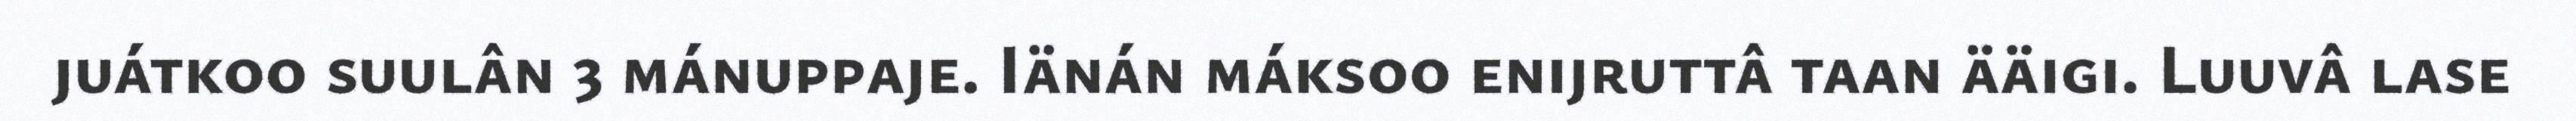
juátkoo suulân 3 mánuppaje. Iänán máksoo enijruttâ taan ääigi. Luuvâ lase